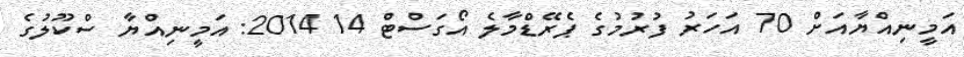
އަމީނިއްޔާއަށް 70 އަހަރު ފުރުމުގެ ޕެރޭޑްމާލެ އޯގަސްޓް 14 2014: އަމީނިއްޔާ ސްކޫލުގެ